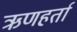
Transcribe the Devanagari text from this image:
ऋणहर्ता